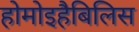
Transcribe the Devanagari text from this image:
होमोइहैबिलिस